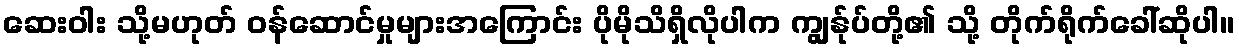
ဆေးဝါး သို့မဟုတ် ဝန်ဆောင်မှုများအကြောင်း ပိုမိုသိရှိလိုပါက ကျွန်ုပ်တို့၏ သို့ တိုက်ရိုက်ခေါ်ဆိုပါ။